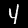
Digit: 4